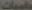
حاسبات